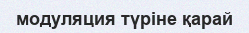
модуляция түріне қарай